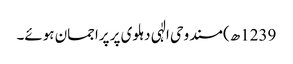
1239ھ) مسند وحی الٰہی دہلوی پر پراجمان ہوئے۔